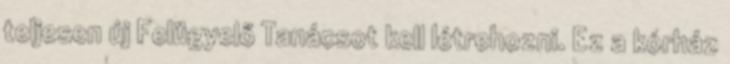
teljesen új Felügyelő Tanácsot kell létrehozni. Ez a kórház